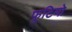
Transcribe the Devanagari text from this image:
फूटियो